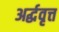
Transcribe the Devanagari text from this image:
अर्द्धवृत्त